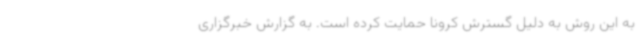
به این روش به دلیل گسترش کرونا حمایت کرده است. به گزارش خبرگزاری